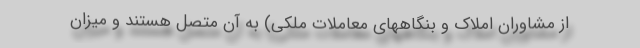
از مشاوران املاک و بنگاههای معاملات ملکی) به آن متصل هستند و میزان